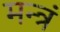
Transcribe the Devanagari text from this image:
मन्‍त्रं